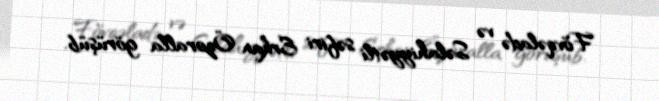
Fövqəladə və Səlahiyyətli səfiri Erkan Özoralla görüşüb.